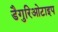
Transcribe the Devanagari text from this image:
डैगुरिओटाइप